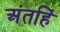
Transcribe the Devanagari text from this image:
अंतहिं